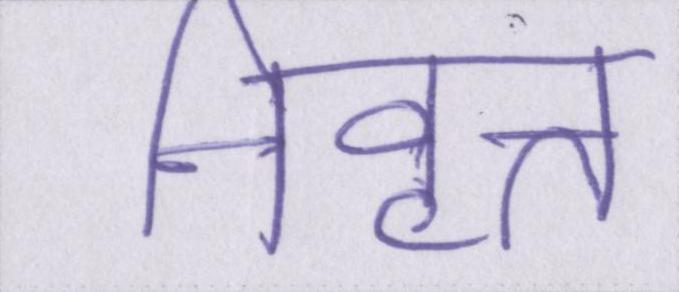
निवृत्त